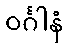
ဝင်္ဂါနံ